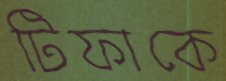
টিফাকে